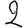
Digit: 2